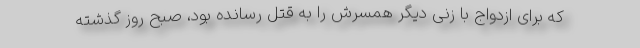
که برای ازدواج با زنی دیگر همسرش را به قتل رسانده بود، صبح روز گذشته